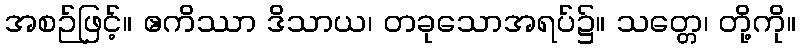
အစဉ်ဖြင့်။ ဧကိဿာ ဒိသာယ၊ တခုသောအရပ်၌။ သတ္တေ၊ တို့ကို။